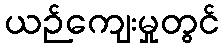
ယဉ်ကျေးမှုတွင်